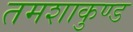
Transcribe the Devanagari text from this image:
तमशाकुण्ड